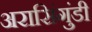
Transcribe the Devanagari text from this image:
अरासिंगुंडी